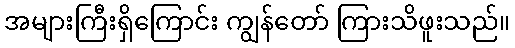
အများကြီးရှိကြောင်း ကျွန်တော် ကြားသိဖူးသည်။